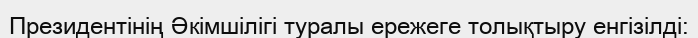
Президентінің Әкімшілігі туралы ережеге толықтыру енгізілді: